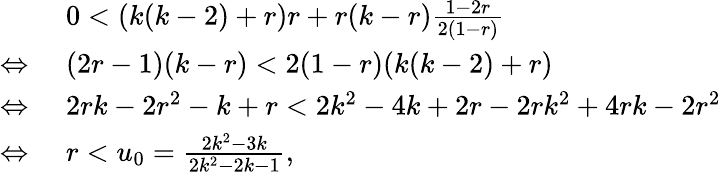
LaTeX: \begin{array}{rl}&{0<\left(k(k-2)+r\right)r+r(k-r)\frac{1-2r}{2(1-r)}}\\ {\Leftrightarrow\, \, }&{(2r-1)(k-r)<2(1-r)(k(k-2)+r)}\\ {\Leftrightarrow\, \, }&{2rk-2r^{2}-k+r<2k^{2}-4k+2r-2rk^{2}+4rk-2r^{2}}\\ {\Leftrightarrow\, \, }&{r<u_{0}=\frac{2k^{2}-3k}{2k^{2}-2k-1},}\end{array}